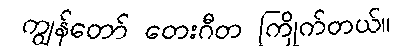
ကျွန်တော် တေးဂီတ ကြိုက်တယ်။